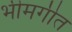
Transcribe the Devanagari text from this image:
भीमगीत